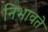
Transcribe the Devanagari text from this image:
निभावते